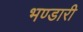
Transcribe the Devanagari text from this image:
भण्‍डारी